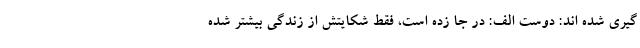
گیری شده اند: دوست الف: در جا زده است، فقط شکایتش از زندگی بیشتر شده